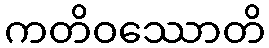
ကတိဝဿောတိ